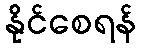
နိုင်စေရန်